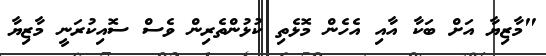
"މާޒިޔާ އަށް ބަކާ އާއި އެހެން މޮޅެތި ކުޅުންތެރިން ވެސް ސޮއިކުރަނީ މާޒިޔާ